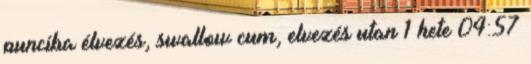
punciba élvezés, swallow cum, elvezés utan 1 hete 04:57